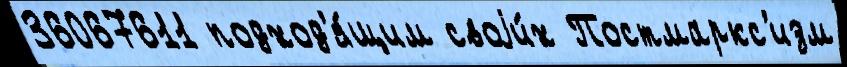
36067611 подход'я́щим своjи́х Постмаркс'изм